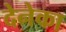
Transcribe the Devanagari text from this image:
देनेका